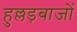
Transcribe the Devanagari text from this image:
हुल्लड़बाजों